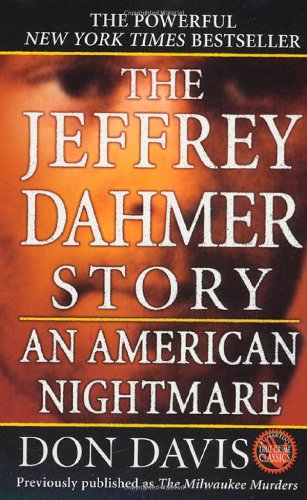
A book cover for The Jeffrey Dahmer Story: An American Nightmare; Donald A. Davis; Biographies & Memoirs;